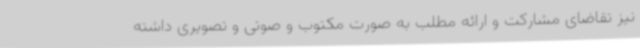
نیز تقاضای مشارکت و ارائه مطلب به صورت مکتوب و صوتی و تصویری داشته